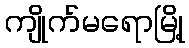
ကျိုက်မရောမြို့